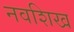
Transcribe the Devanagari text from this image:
नवशिख